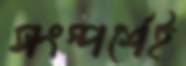
সংস্পর্শেই